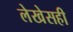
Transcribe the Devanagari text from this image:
लेखेसही